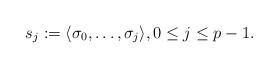
LaTeX: \begin{align*}s_{j}:=\langle \sigma_{0},\ldots, \sigma_{j}\rangle, 0\leq j\leq p-1.\end{align*}